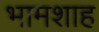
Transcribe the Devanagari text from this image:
भामशाह